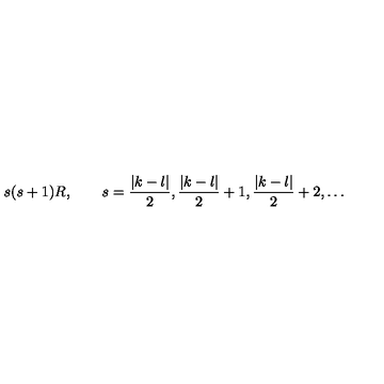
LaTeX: s ( s + 1 ) R , \qquad s = \frac { | k - l | } 2 , \frac { | k - l | } 2 + 1 , \frac { | k - l | } 2 + 2 , \ldots